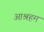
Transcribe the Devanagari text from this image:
आश्रहम